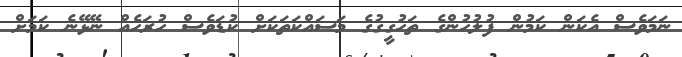
ނަމަވެސް އެކަން ކަމުން ފުލުހުންގެ ތަހުގީގުގެ މަސައްކަތަކަށް ކުޑަވެސް ހުރަހެއް ނޭޅޭނެ ކަމަށް